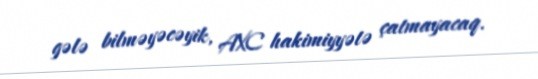
gələ bilməyəcəyik, AXC hakimiyyətə çatmayacaq.